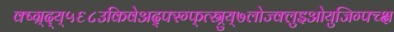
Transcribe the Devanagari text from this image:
क्ष्ग्र्द्य्५६८उकिवेअद्फ्स्ग्फ्त्स्र्रुय्७लोज्क्लुइओयुजिग्फ्च्क्ष